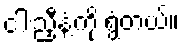
ငါးညှီနံ့ကို ရွံတယ်။